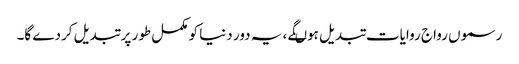
رسموں رواج روایات تبدیل ہوںگے ، یہ دور دنیا کو مکمل طور پر تبدیل کردے گا۔